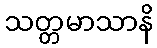
သတ္တမာသာနိ